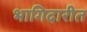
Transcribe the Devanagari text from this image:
भागिदारीत